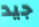
جيد